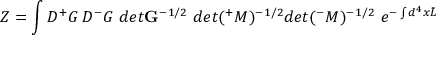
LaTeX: Z = \int { \cal D } { ^ + } G \, { \cal D } { ^ - } G \, \, d e t { \bf G } ^ { - 1 / 2 } \, \, d e t ( { ^ + } M ) ^ { - 1 / 2 } d e t ( { ^ - } M ) ^ { - 1 / 2 } \, \, e ^ { - \int d ^ { 4 } x \tilde { L } }